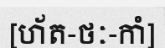
[ហ័ត-ថៈ-កាំ]